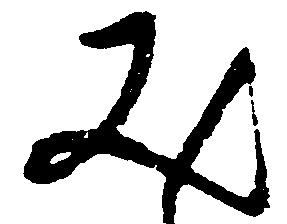
又